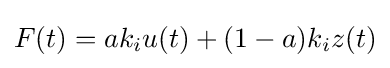
F(t)=ak_{i}u(t)+(1-a)k_{i}z(t)